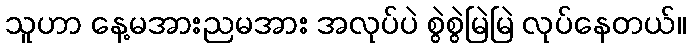
သူဟာ နေ့မအားညမအား အလုပ်ပဲ စွဲစွဲမြဲမြဲ လုပ်နေတယ်။